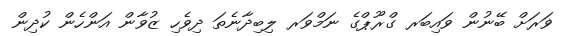
ޥަރަށް ބޭނުން ވައިބަރ ގްރޫޕްގެ ނަމްވަރ ލިބިދާނެތަ ދިވެހި ޒުވާން އަންހެން ކުދިން